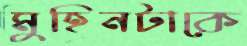
মুহিনটাকে